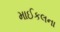
માઈકલના